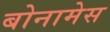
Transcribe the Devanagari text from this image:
बोनामेस